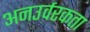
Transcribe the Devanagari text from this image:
अनउर्वरकता